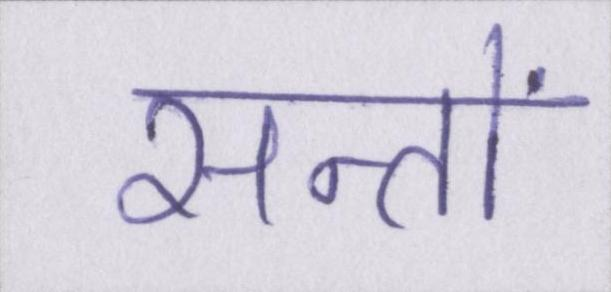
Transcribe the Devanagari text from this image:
सन्तों